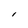
Character: l